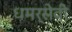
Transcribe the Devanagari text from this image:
धमर्सेवी